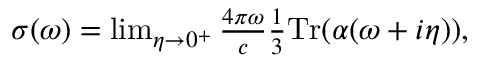
\begin{array} { r } { \sigma ( \omega ) = \operatorname* { l i m } _ { \eta \to 0 ^ { + } } \frac { 4 \pi \omega } { c } \frac 1 3 \mathrm { T r } ( \alpha ( \omega + i \eta ) ) , } \end{array}